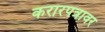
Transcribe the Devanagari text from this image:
करारपत्रावर